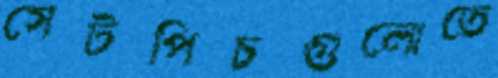
সেটপিচগুলোতে